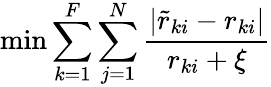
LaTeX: \operatorname*{min}\sum_{k=1}^{F}\sum_{j=1}^{N}\frac{|\tilde{r}_{ki}-r_{ki}|}{r_{ki}+\xi}